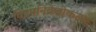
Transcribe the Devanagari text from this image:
विउपनिवेशीकरण